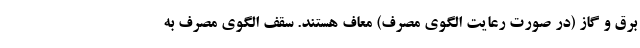
برق و گاز (در صورت رعایت الگوی مصرف) معاف هستند. سقف الگوی مصرف به